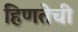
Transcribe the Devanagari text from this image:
हिणतेची